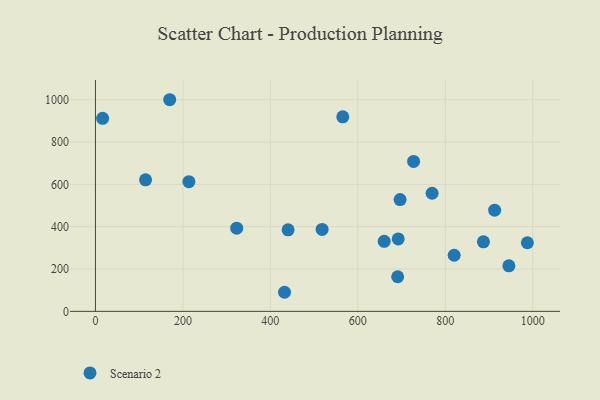
{"axis": {"x": "Distance", "y": "Fuel Efficiency"}, "legend": ["Scenario 2"], "data": [{"x": "945.4", "y": 215.3, "type": "Scenario 2"}, {"x": "769.8", "y": 558.0, "type": "Scenario 2"}, {"x": "213.7", "y": 612.8, "type": "Scenario 2"}, {"x": "432.4", "y": 90.2, "type": "Scenario 2"}, {"x": "887.2", "y": 328.4, "type": "Scenario 2"}, {"x": "692.3", "y": 342.3, "type": "Scenario 2"}, {"x": "565.6", "y": 919.2, "type": "Scenario 2"}, {"x": "114.6", "y": 621.7, "type": "Scenario 2"}, {"x": "691.1", "y": 163.5, "type": "Scenario 2"}, {"x": "660.3", "y": 331.0, "type": "Scenario 2"}, {"x": "820.3", "y": 265.1, "type": "Scenario 2"}, {"x": "987.7", "y": 324.2, "type": "Scenario 2"}, {"x": "518.3", "y": 387.1, "type": "Scenario 2"}, {"x": "912.9", "y": 478.0, "type": "Scenario 2"}, {"x": "727.5", "y": 708.3, "type": "Scenario 2"}, {"x": "169.8", "y": 999.9, "type": "Scenario 2"}, {"x": "696.6", "y": 528.1, "type": "Scenario 2"}, {"x": "323.0", "y": 393.1, "type": "Scenario 2"}, {"x": "440.5", "y": 385.4, "type": "Scenario 2"}, {"x": "16.4", "y": 912.1, "type": "Scenario 2"}]}